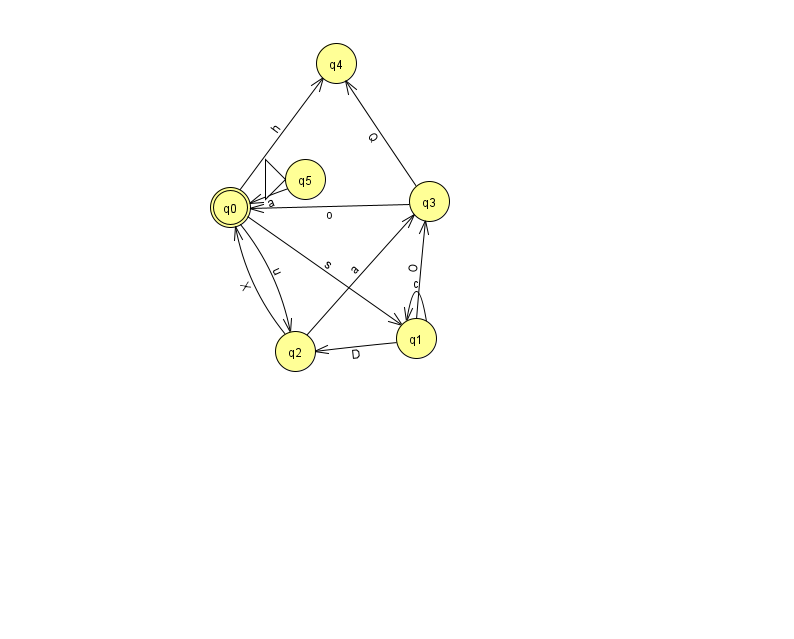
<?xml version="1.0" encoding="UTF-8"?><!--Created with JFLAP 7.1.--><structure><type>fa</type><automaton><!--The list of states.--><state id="0" name="q0"><x>230.0</x><y>194.0</y><final/></state><state id="1" name="q1"><x>416.0</x><y>325.0</y></state><state id="2" name="q2"><x>295.0</x><y>338.0</y></state><state id="3" name="q3"><x>429.0</x><y>188.0</y></state><state id="4" name="q4"><x>336.0</x><y>50.0</y></state><state id="5" name="q5"><x>305.0</x><y>166.0</y><initial/></state><!--The list of transitions.--><transition><from>2</from><to>0</to><read>X</read></transition><transition><from>0</from><to>1</to><read>s</read></transition><transition><from>5</from><to>0</to><read>a</read></transition><transition><from>2</from><to>3</to><read>a</read></transition><transition><from>1</from><to>1</to><read>c</read></transition><transition><from>3</from><to>0</to><read>o</read></transition><transition><from>1</from><to>3</to><read>O</read></transition><transition><from>0</from><to>4</to><read>h</read></transition><transition><from>3</from><to>4</to><read>Q</read></transition><transition><from>0</from><to>2</to><read>u</read></transition><transition><from>1</from><to>2</to><read>D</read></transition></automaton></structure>